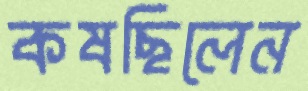
কষছিলেন